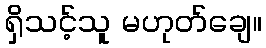
ရှိသင့်သူ မဟုတ်ချေ။